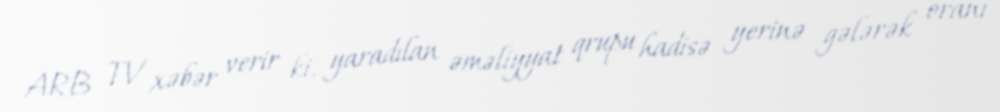
ARB TV xəbər verir ki, yaradılan əməliyyat qrupu hadisə yerinə gələrək oranı